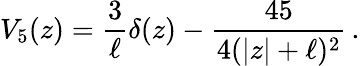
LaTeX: V_{5}(z)=\frac{3}{\ell}\delta(z)-\frac{45}{4(|z|+\ell)^{2}}\, .